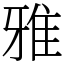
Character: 雅